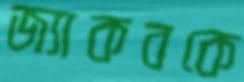
জ্যাকবকে